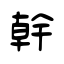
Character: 幹